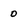
Character: 0